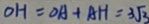
O H = O A + A H = 3 \sqrt { 3 }